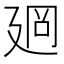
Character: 𢌡